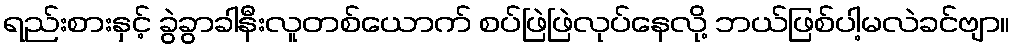
ရည်းစားနှင့် ခွဲခွာခါနီးလူတစ်ယောက် စပ်ဖြဲဖြဲလုပ်နေလို့ ဘယ်ဖြစ်ပါ့မလဲခင်ဗျာ။